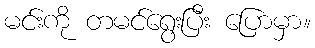
မင်းကို တမင်ရွေးပြီး ပြောမှာ။